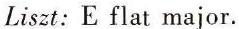
Liszt: E flat major.